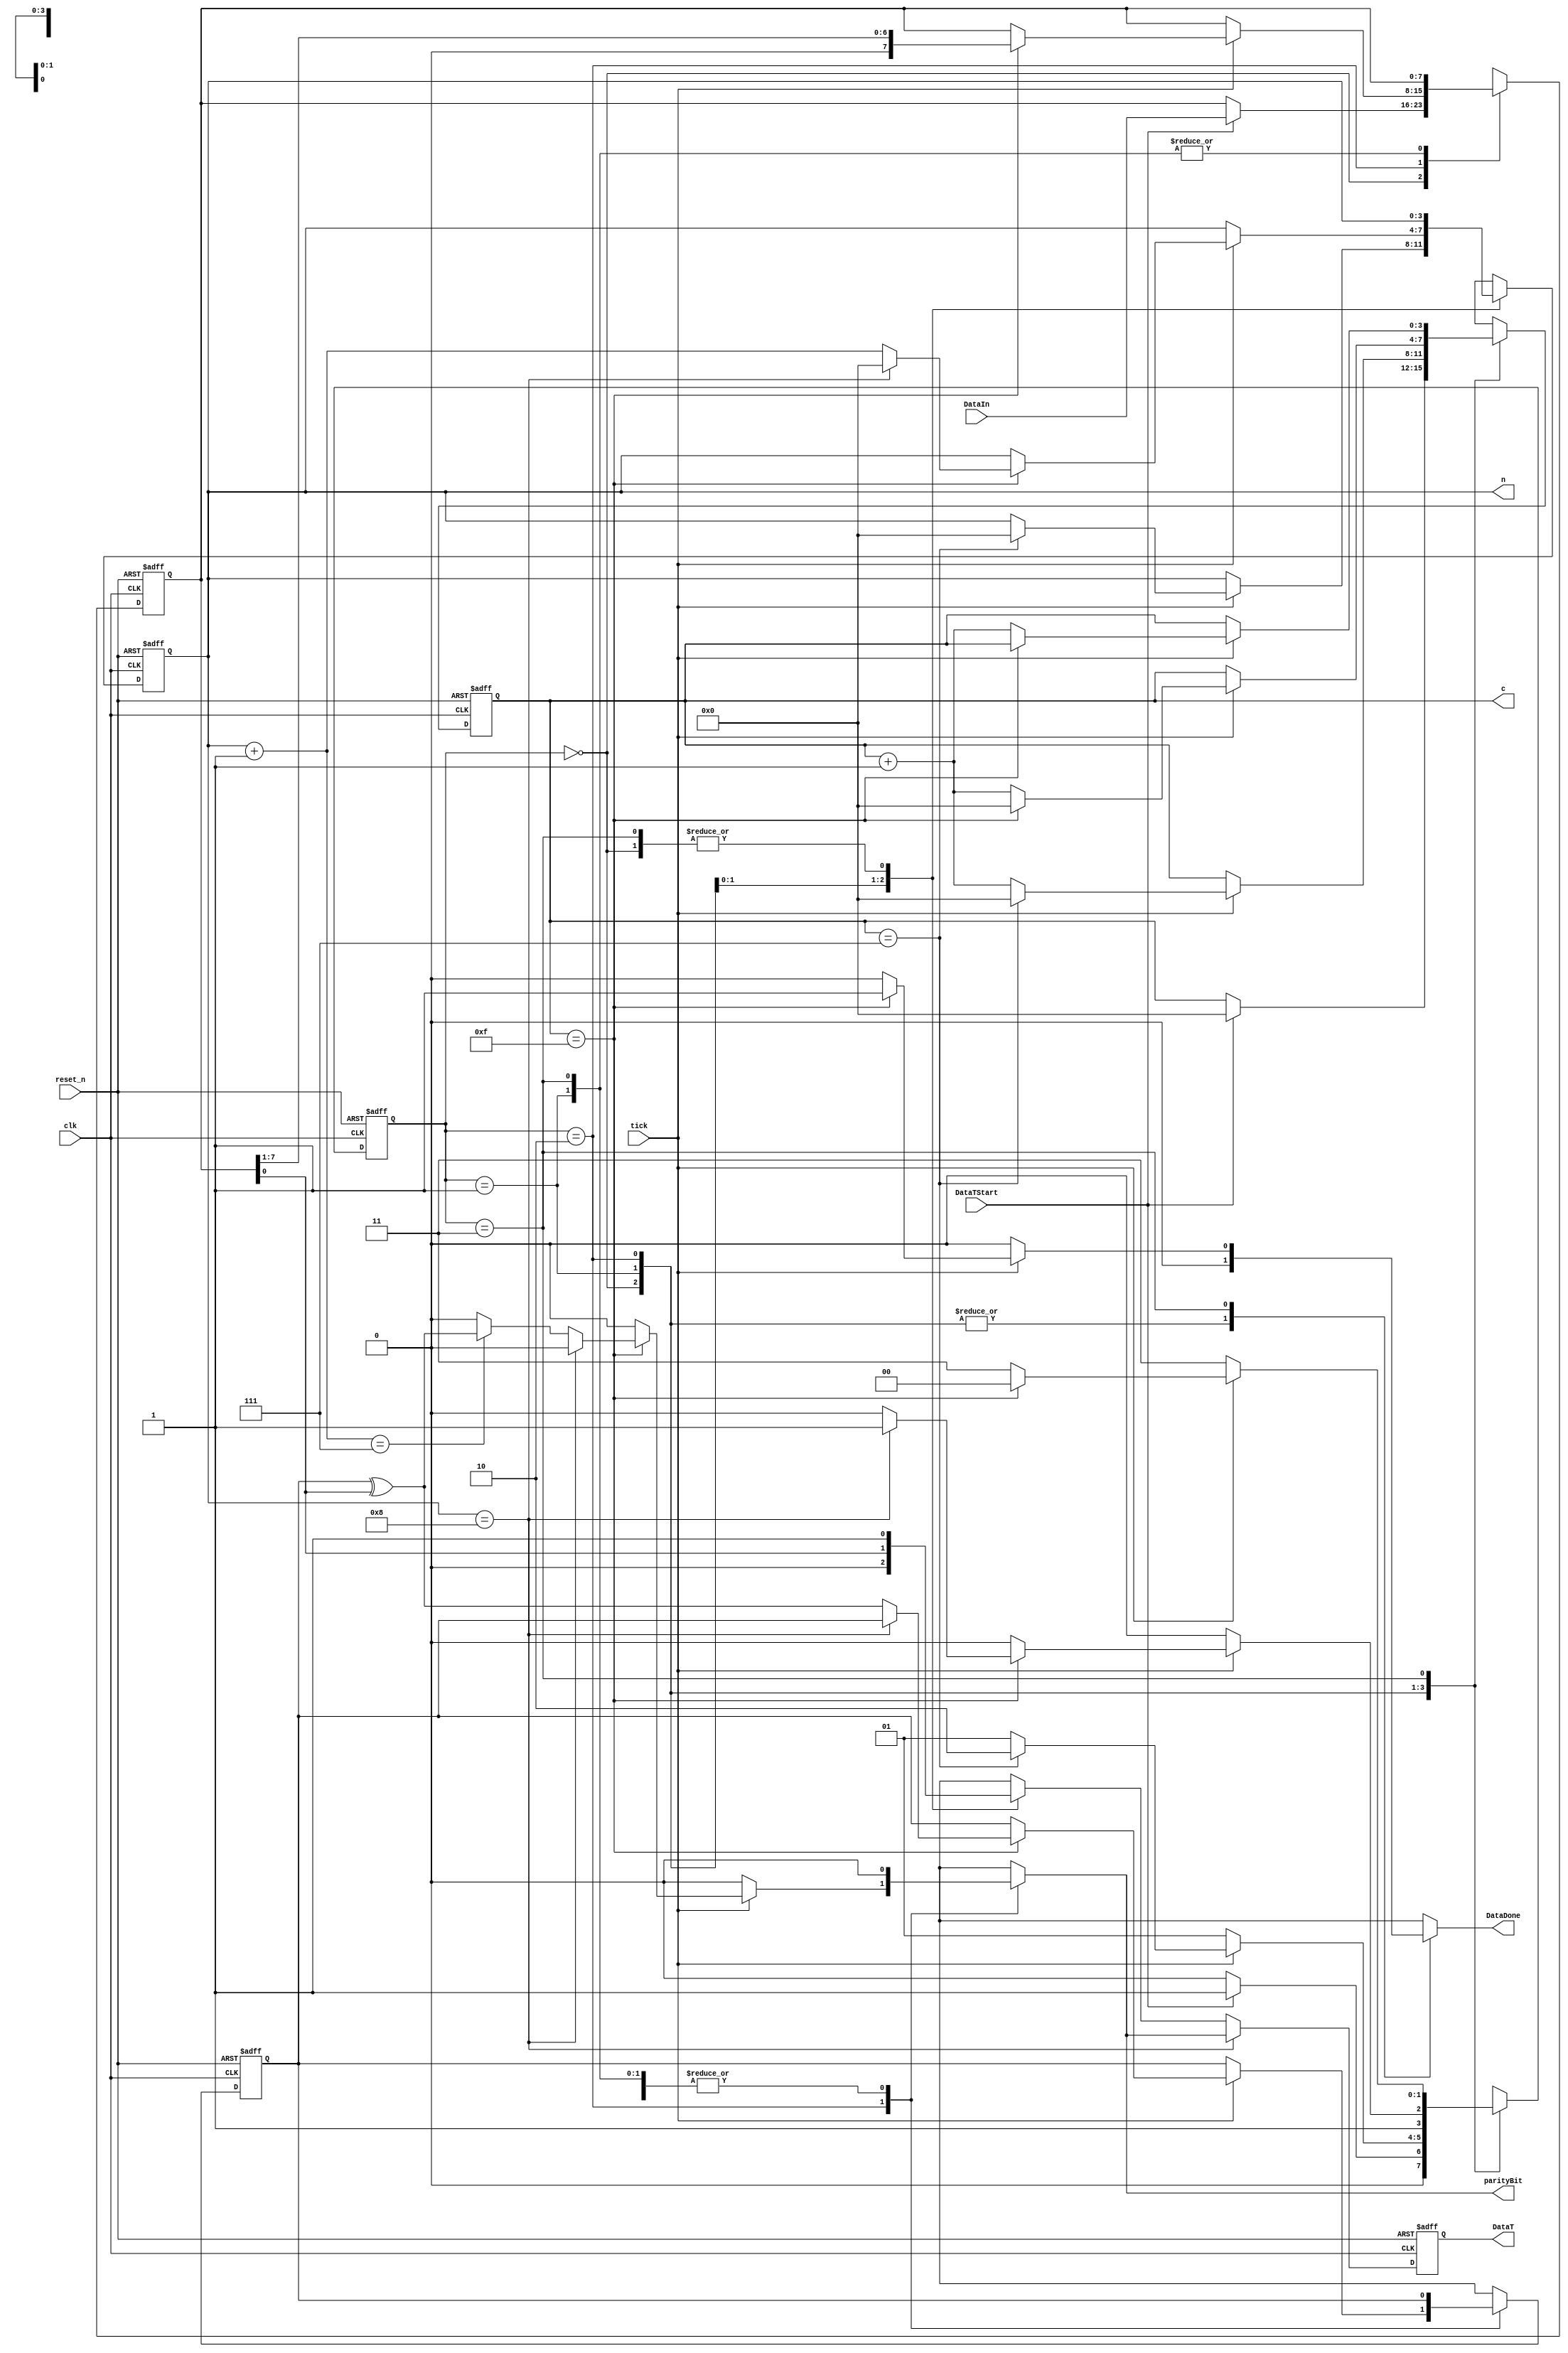

//////////////////////////////////////////////////////////////////////////////////
// Company: 
// 
// Design Name: 
// Module Name: MyTransmitter
// Project Name: UART
// Target Devices: 
// Tool Versions: 
// Description: 
// 
// Dependencies: 
// 
// Revision:
// Revision 0.01 - File Created
// Additional Comments:
// 
//////////////////////////////////////////////////////////////////////////////////
module MyTransmitter
						 #(parameter DataBits = 9,ClkTicks = 16)
						 (
						 input clk,reset_n,
						 input tick,
						 input [DataBits-2:0] DataIn,
						 input DataTStart,
						 output reg DataDone,
						 output DataT,
						 output reg parityBit,
						 output [$clog2(ClkTicks)-1:0] c,                            
						 output [$clog2(DataBits)-1:0] n
						 );
						 
						 // registers for the present state and next state
						 
						 reg [1:0] Q_next, Q_present;                           //for the four states
						 
						 reg DataT_next, DataT_present;
						 
						 reg [$clog2(ClkTicks)-1:0] c_next, c_present;                                 //counter for the clock ticks 
						 
						 reg [$clog2(DataBits)-1:0] n_next, n_present;                         //counter for the number of shifted bits from the data
						 
						 reg [DataBits-2:0] st_next, st_present;                                  //register to store the data from FIFO during the process
						 
						 reg parity_next,parity_present;
						 

						 
						 //states
						 
						 localparam idle = 0, start = 1, trans = 2, stop = 3;
						 
						 
						 
						 //present state
						 
						 always @ (posedge clk,negedge reset_n)
						 begin
							
							if (~reset_n)
							begin
								
								Q_present <= idle;
								c_present <= 0;
								n_present <= 0;
								st_present <= 0;
								DataT_present <= 1'b0;
								parity_present <= 1'b0;
								
								
							end
							
							else
							begin
							
								Q_present <= Q_next;
								c_present <= c_next;
								n_present <= n_next;
								st_present <= st_next;
								parity_present	<= parity_next;
										
								if (n_present == (DataBits-1))
									DataT_present <= parityBit ;
								else
									DataT_present <= DataT_next;
								
							end
							
						end
						
						
						//next state
						
						always @ (*)
						begin
						
							Q_next = Q_present;
							st_next = st_present;
							c_next = c_present;
							n_next = n_present;
							DataDone = 1'b0;
							parity_next	= parity_present;
							parityBit = 1'b0;
							
							case (Q_present)
								
								idle:                                      // First state in which the transmitter prepared to transmit the data
								begin
									
									DataT_next = 1'b1;
									if (DataTStart)
									begin
								
										c_next = 0;
										st_next = DataIn;
										Q_next = start;
										
									end
									else
										
										Q_next = idle;
								end
								
								start:                                      // Second state in which start transmitting the data
								begin
									
									DataT_next = 1'b0;
									if (tick)
									begin
									
										if (c_next == 7)
										begin
											
											c_next = 0;
											n_next = 0;
											Q_next = trans;
											
										end
										else
										begin
										
											c_next = c_next + 1;
											Q_next = start;
										
										end
										
									end
									else
									
										Q_next = start;
								end
								
								trans:                                              // Third state in which transimtting the data process is happened
								begin
								
									DataT_next = st_next[0];
									if (tick)
									begin
									
										if (c_next == (ClkTicks-1))
										begin
											
											c_next = 0;
											st_next = st_next >> 1;

											if (n_next == (DataBits-1))
											begin
												n_next = 0;
												Q_next = stop;
											end
											
											else
											begin
												n_next = n_next + 1;
												parity_next = parity_next ^ DataT_next;
												if (n_next == DataBits-2) 
													parityBit = parity_next;
													
												Q_next = trans;
											end
											
										end
										
										else
										begin
											c_next = c_next + 1;
											Q_next = trans;
										end
									
									end
									
									else
										Q_next = trans;
								end
			 
								stop:                                                               // Fourth state in which stop transmitting the data
								begin
								
									DataT_next = 1'b1;
									if (tick)
									begin
									
										if (c_next == (ClkTicks-1))
										begin
											
											DataDone = 1'b1;
											Q_next = idle;
										
										end
										else
										begin
										
											c_next = c_next + 1;
											Q_next = stop;
										
										end
										
									end
									
									else
										Q_next = stop;
								end
								
								default:
									Q_next = idle;
									
							endcase
						
						end
							
					//output 
					
					
					assign DataT = DataT_present;
					assign n = n_present;
					assign c = c_present;
								
endmodule